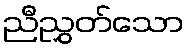
ညီညွှတ်သော